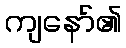
ကျနော်၏